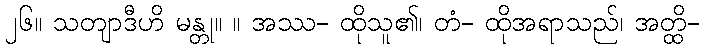
၂၆။ သတျာဒီဟိ မန္တု။ ။ အဿ- ထိုသူ၏၊ တံ- ထိုအရာသည်၊ အတ္ထိ-